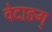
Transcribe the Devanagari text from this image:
वेदाङग्